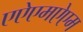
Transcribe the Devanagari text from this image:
एऐएमऐएम